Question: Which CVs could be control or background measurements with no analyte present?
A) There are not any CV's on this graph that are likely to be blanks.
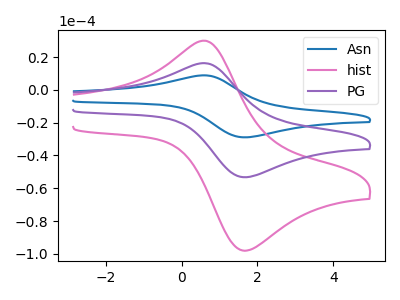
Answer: <think>The blue curve "Asn" has an anodic peak at (0.60V, 32.55uA) and a cathodic peak at (1.55V, -106.25uA). The pink curve "hist" has an anodic peak at (0.60V, 29.95uA) and a cathodic peak at (1.55V, -97.75uA). The purple curve "PG" has an anodic peak at (0.60V, 16.30uA) and a cathodic peak at (1.55V, -53.10uA).</think>
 <answer>A) There are not any CV's on this graph that are likely to be blanks.</answer>
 <eval>A</eval>